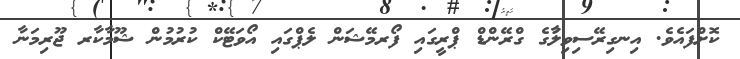
ކޮށްފައެވެ. އިނގިރޭސިވިލާުގެ ގްރޭންޑް ޕްރީގައި ފޯރމޭޝަން ލެޕްގައި އޯވަޓޭކް ކުރުމުން ޝޫމާކާރ ޖޫރިމަނާ